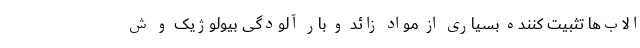
الاب‌ها تثبیت کننده بسیاری از مواد زائد و بار آلودگی بیولوژیک و ش